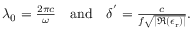
\begin{array} { r } { \lambda _ { 0 } = \frac { 2 \pi c } { \omega } \quad \mathrm { a n d } \quad \delta ^ { ' } = \frac { c } { f \sqrt { | \Re \left( \epsilon _ { \mathrm { r } } \right) | } } . } \end{array}